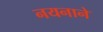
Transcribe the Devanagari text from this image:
नयनाने